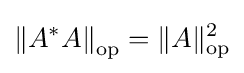
\left\|A^{*}A\right\|_{\text{op}}=\|A\|_{\text{op}}^{2}